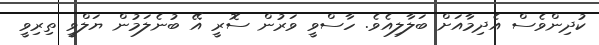
ކުދިންވެސް އެދިމާއަށް ބަލާލިއެވެ. ހާސްވީ ވަރުން ސޮރީ އޭ ބުނެލަމުން ޔަލްވީ ތިރިވީ